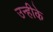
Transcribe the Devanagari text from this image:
उन्हीके